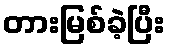
တားမြစ်ခဲ့ပြီး